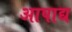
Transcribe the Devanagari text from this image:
आपाद्य